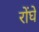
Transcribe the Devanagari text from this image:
रोंघे